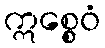
ဣစ္စေဝံ